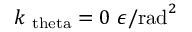
k _ { \mathrm { \ t h e t a } } = 0 ~ \epsilon / \mathrm { r a d } ^ { 2 }